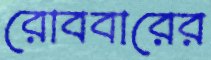
রোববারের